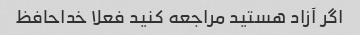
اگر آزاد هستید مراجعه کنید فعلا خداحافظ